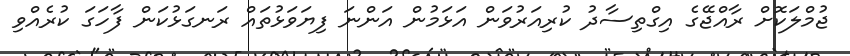
ޖުމްލަކޮށް ރާއްޖޭގެ އިގްތިސާދު ކުރިއަރުވަން އަޅަމުން އަންނަ ފިޔަވަޅުތައް ރަނގަޅުކަން ފާހަގަ ކުރެއްވި